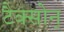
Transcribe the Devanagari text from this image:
टैक्सोन्